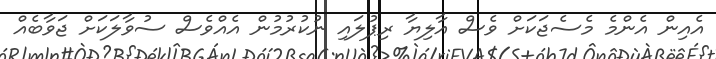
އެއިން އެންމެ މެސެޖަކަށް ވެސް އާލިޔާ ރިޕުލައި ނުކުރުމުން އެއްވެސް ސުވާލަކަށް ޖަވާބެއް